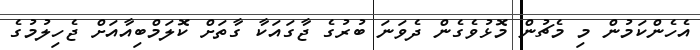
އެހެންކަމުން މި މެޗުން މޮޅުވެގެން ދެވަނަ ބުރުގެ ޖާގައަކާ ގާތަށް ކޮލަމްބިއާއަށް ޖެހިލުމުގެ